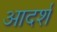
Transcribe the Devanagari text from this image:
आदर्शं